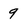
Character: 9